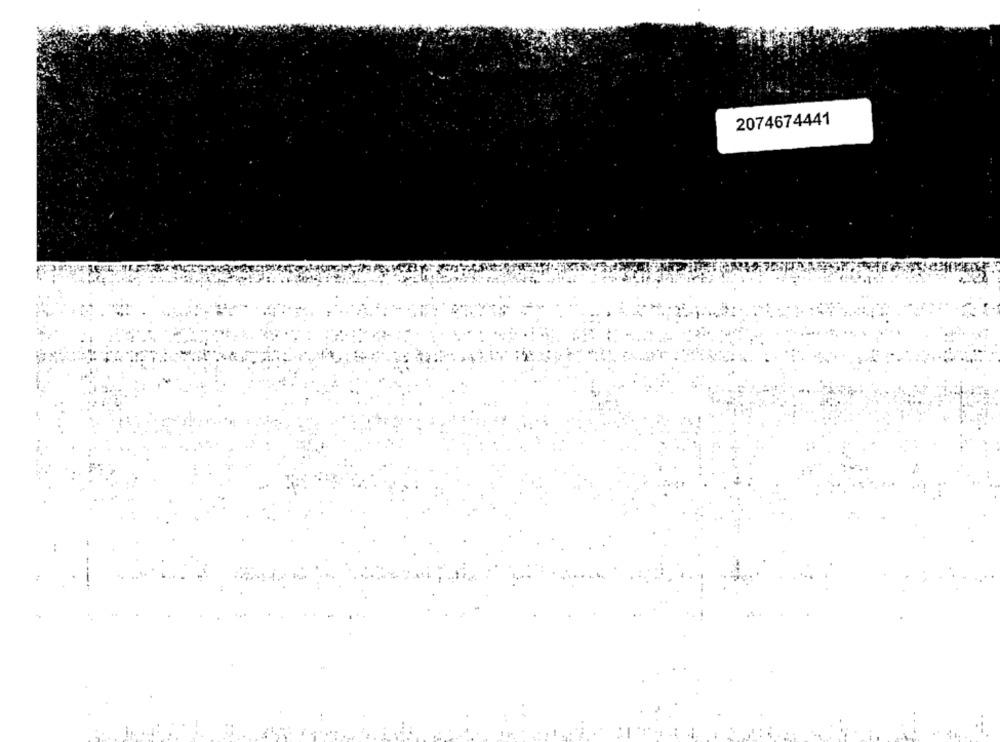
2074674441